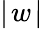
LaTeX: \mid\! w\! \mid